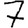
Digit: 7